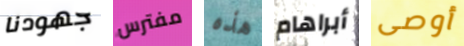
جهودنا مفترس هذه أبراهام أوصى